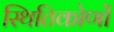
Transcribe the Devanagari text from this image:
स्थितिकोणों